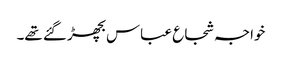
خواجہ شجاع عباس بچھڑ گئے تھے۔